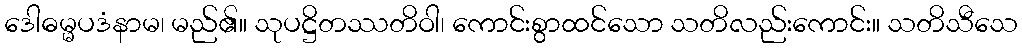
ဒေါဓမ္မပဒံနာမ၊ မည်၏။ သုပဋ္ဌိတဿတိဝါ၊ ကောင်းစွာထင်သော သတိလည်းကောင်း။ သတိသီသေ